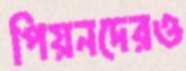
পিয়নদেরও